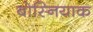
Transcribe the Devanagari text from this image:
बोस्नियाक